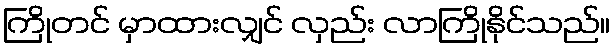
ကြိုတင် မှာထားလျှင် လှည်း လာကြိုနိုင်သည်။